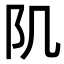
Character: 𨸔